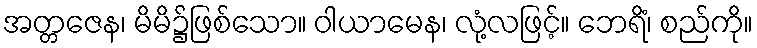
အတ္တဇေန၊ မိမိ၌ဖြစ်သော။ ဝါယာမေန၊ လုံ့လဖြင့်။ ဘေရိံ၊ စည်ကို။